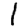
Digit: 1